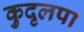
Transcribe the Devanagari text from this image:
कुदृलपा